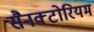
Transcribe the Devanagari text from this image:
सैनक्टोरियम